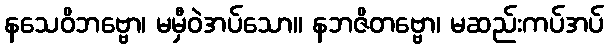
နသေဝိဘဗ္ဗော၊ မမှီဝဲအပ်သော။ နဘဇိတဗ္ဗော၊ မဆည်းကပ်အပ်